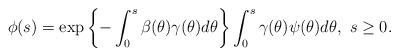
LaTeX: \begin{align*}\phi(s) = \exp \left\{-\int_0^s \beta(\theta) \gamma(\theta)d\theta \right\} \int_0^s \gamma(\theta) \psi(\theta)d\theta,\ s\geq 0.\end{align*}